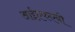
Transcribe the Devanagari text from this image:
आईएफएबी